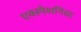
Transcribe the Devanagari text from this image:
एक्स्पेशनिस्ट